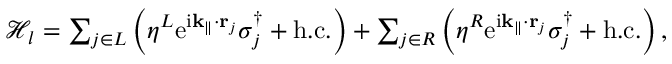
\begin{array} { r } { \mathcal { H } _ { l } = \sum _ { j \in L } \left( \eta ^ { L } \mathrm { e } ^ { \mathrm { i } \mathbf { k } _ { \parallel } \cdot \mathbf { r } _ { j } } \sigma _ { j } ^ { \dagger } + \mathrm { h . c . } \right) + \sum _ { j \in R } \left( \eta ^ { R } \mathrm { e } ^ { \mathrm { i } \mathbf { k } _ { \parallel } \cdot \mathbf { r } _ { j } } \sigma _ { j } ^ { \dagger } + \mathrm { h . c . } \right) , } \end{array}